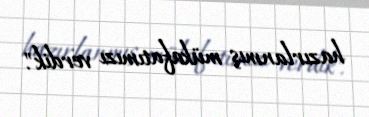
hazırlanmış mükafatımızı verdik".